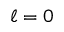
\ell = 0